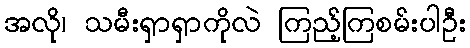
အလို၊ သမီးရှာရှာကိုလဲ ကြည့်ကြစမ်းပါဦး